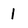
Character: 1